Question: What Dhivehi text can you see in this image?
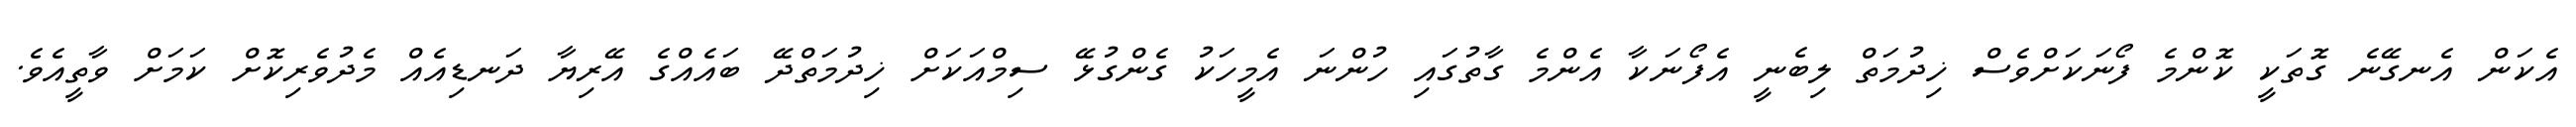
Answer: އެކަން އެނގޭނެ ގޮތަކީ ކޮންމެ ފޯނަކަށްވެސް ޚިދުމަތް ލިބެނީ އެފޯނަކާ އެންމެ ގާތުގައި ހުންނަ އެމީހަކު ގެންގުޅޭ ސިމްއަކަށް ޚިދުމަތްދޭ ބައެއްގެ އޭރިޔާ ދަނޑިއެއް މެދުވެރިކޮށް ކަމަށް ވާތީއެވެ.